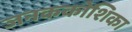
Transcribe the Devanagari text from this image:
जनककोशिका